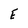
Character: E